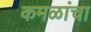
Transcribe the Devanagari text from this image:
कमळांचा